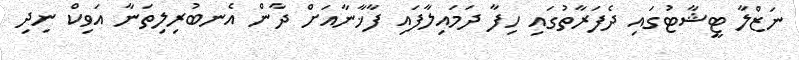
ނަޒްލާ ޓީޝާޓުގައި ދެފަރާތުގައި ހިފާ ދަމައިލާފައި ފާޚާނާއަށް ދާން އެނބުރިލިތަނާ އަވިކް ނިދި